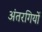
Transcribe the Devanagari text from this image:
अंतरगियों